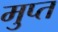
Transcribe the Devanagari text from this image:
मुप्त